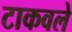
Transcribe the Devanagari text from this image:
टाकवले